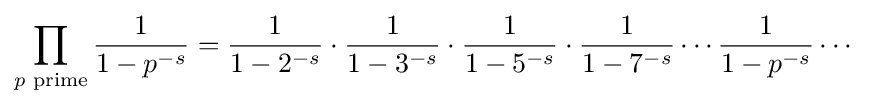
\prod _{p{\text{ prime}}}{\frac {1}{1-p^{-s}}}={\frac {1}{1-2^{-s}}}\cdot {\frac {1}{1-3^{-s}}}\cdot {\frac {1}{1-5^{-s}}}\cdot {\frac {1}{1-7^{-s}}}\cdots {\frac {1}{1-p^{-s}}}\cdots